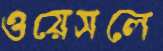
ওয়েসলে